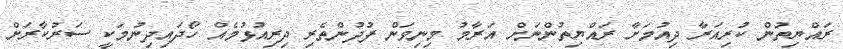
ރައްޔިތުން ކުރިއަރާ ދިއުމަށާ ރައްޔިތުންނަށް އަރާމު މިނިވަން ފުދުންތެރި ދިރިއުޅުމެއް ހޯދައިދިނުމަކީ ސަރުކާރަށް